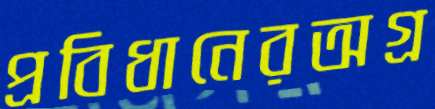
প্রবিধানেরঅগ্র